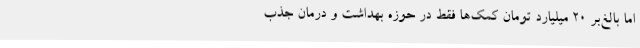
اما بالغ‌بر 20 میلیارد تومان کمک‌ها فقط در حوزه بهداشت و درمان جذب